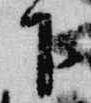
下